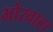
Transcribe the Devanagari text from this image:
भोरवाहा